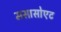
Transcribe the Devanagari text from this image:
मसासोएट